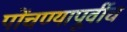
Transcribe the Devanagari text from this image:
पोंचण्यापूर्वीच